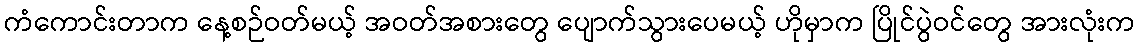
ကံကောင်းတာက နေ့စဉ်ဝတ်မယ့် အဝတ်အစားတွေ ပျောက်သွားပေမယ့် ဟိုမှာက ပြိုင်ပွဲဝင်တွေ အားလုံးက